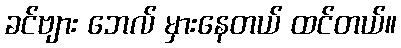
ခင်ဗျား ဘေလ် မှားနေတယ် ထင်တယ်။